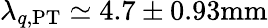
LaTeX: \lambda_{q,\mathrm{{PT}}}\simeq 4.7\pm 0.93\mathrm{{mm}}